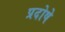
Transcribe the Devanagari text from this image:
प्रदोषे